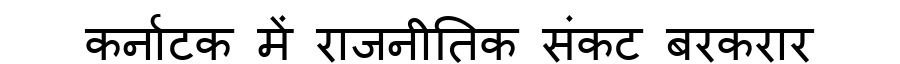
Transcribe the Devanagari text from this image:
कर्नाटक में राजनीतिक संकट बरकरार